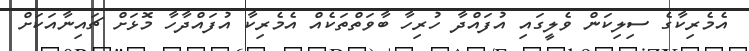
އެމެރިކާގެ ސިލިކަން ވެލީގައި އުފައްދާ ހުރިހާ ބާވަތްތަކެއް އެމެރިކާ އުފައްދާހާ މޮޅަށް ޗައިނާއަކަށް